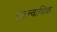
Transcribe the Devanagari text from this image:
स्वल्वाधिक